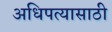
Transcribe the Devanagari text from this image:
अधिपत्यासाठी